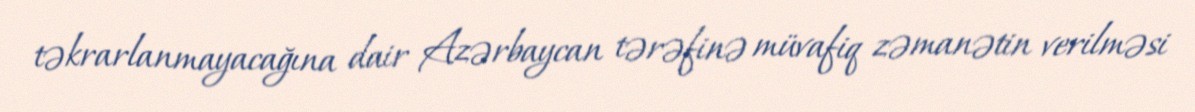
təkrarlanmayacağına dair Azərbaycan tərəfinə müvafiq zəmanətin verilməsi